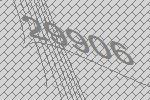
29906